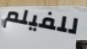
للفيلم